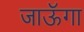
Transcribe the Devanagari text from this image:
जाऊॅगा